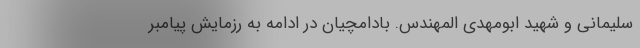
سلیمانی و شهید ابومهدی المهندس. بادامچیان در ادامه به رزمایش پیامبر